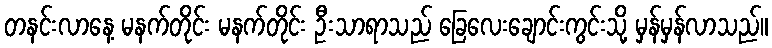
တနင်းလာနေ့ မနက်တိုင်း မနက်တိုင်း ဦးသာရာသည် ခြေလေးချောင်းကွင်းသို့ မှန်မှန်လာသည်။